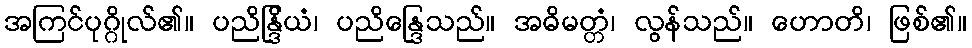
အကြင်ပုဂ္ဂိုလ်၏။ ပညိန္ဒြိယံ၊ ပညိန္ဒြေသည်။ အဓိမတ္တံ၊ လွန်သည်။ ဟောတိ၊ ဖြစ်၏။